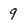
Character: 9